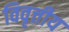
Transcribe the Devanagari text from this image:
विवृत्तीय